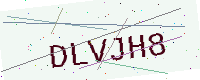
Text: DLVJH8